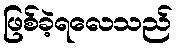
ဖြစ်ခဲ့ရလေသည်